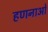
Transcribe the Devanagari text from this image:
हणनाओं